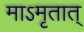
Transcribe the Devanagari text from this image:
माऽमृतात्‌